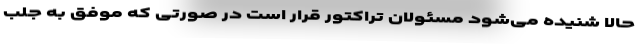
حالا شنیده می‌شود مسئولان تراکتور قرار است در صورتی که موفق به جلب